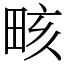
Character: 畡